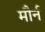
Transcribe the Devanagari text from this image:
मौर्न